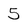
Character: 5